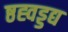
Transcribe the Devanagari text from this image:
ष्ठह्वड्डद्य